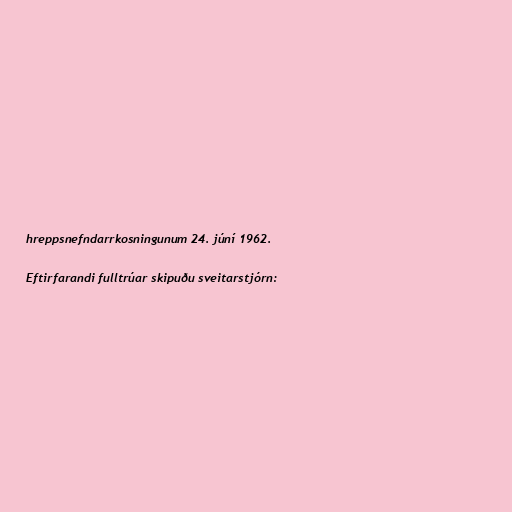
hreppsnefndarrkosningunum 24. júní 1962.

Eftirfarandi fulltrúar skipuðu sveitarstjórn: